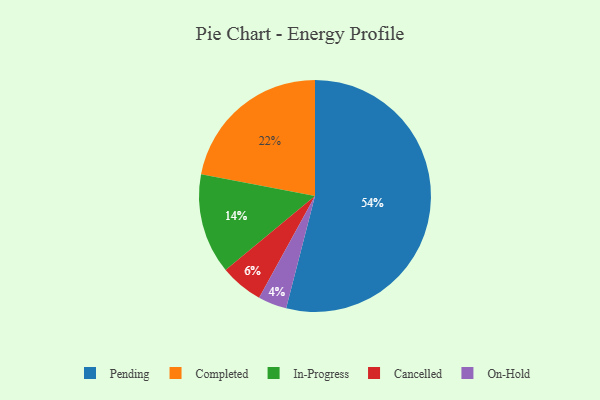
{"axis": {"x": "Category", "y": "Percentage"}, "legend": ["Cancelled", "Completed", "In-Progress", "On-Hold", "Pending"], "data": [{"x": "On-Hold", "y": 4, "type": "On-Hold"}, {"x": "Cancelled", "y": 6, "type": "Cancelled"}, {"x": "In-Progress", "y": 14, "type": "In-Progress"}, {"x": "Pending", "y": 54, "type": "Pending"}, {"x": "Completed", "y": 22, "type": "Completed"}]}